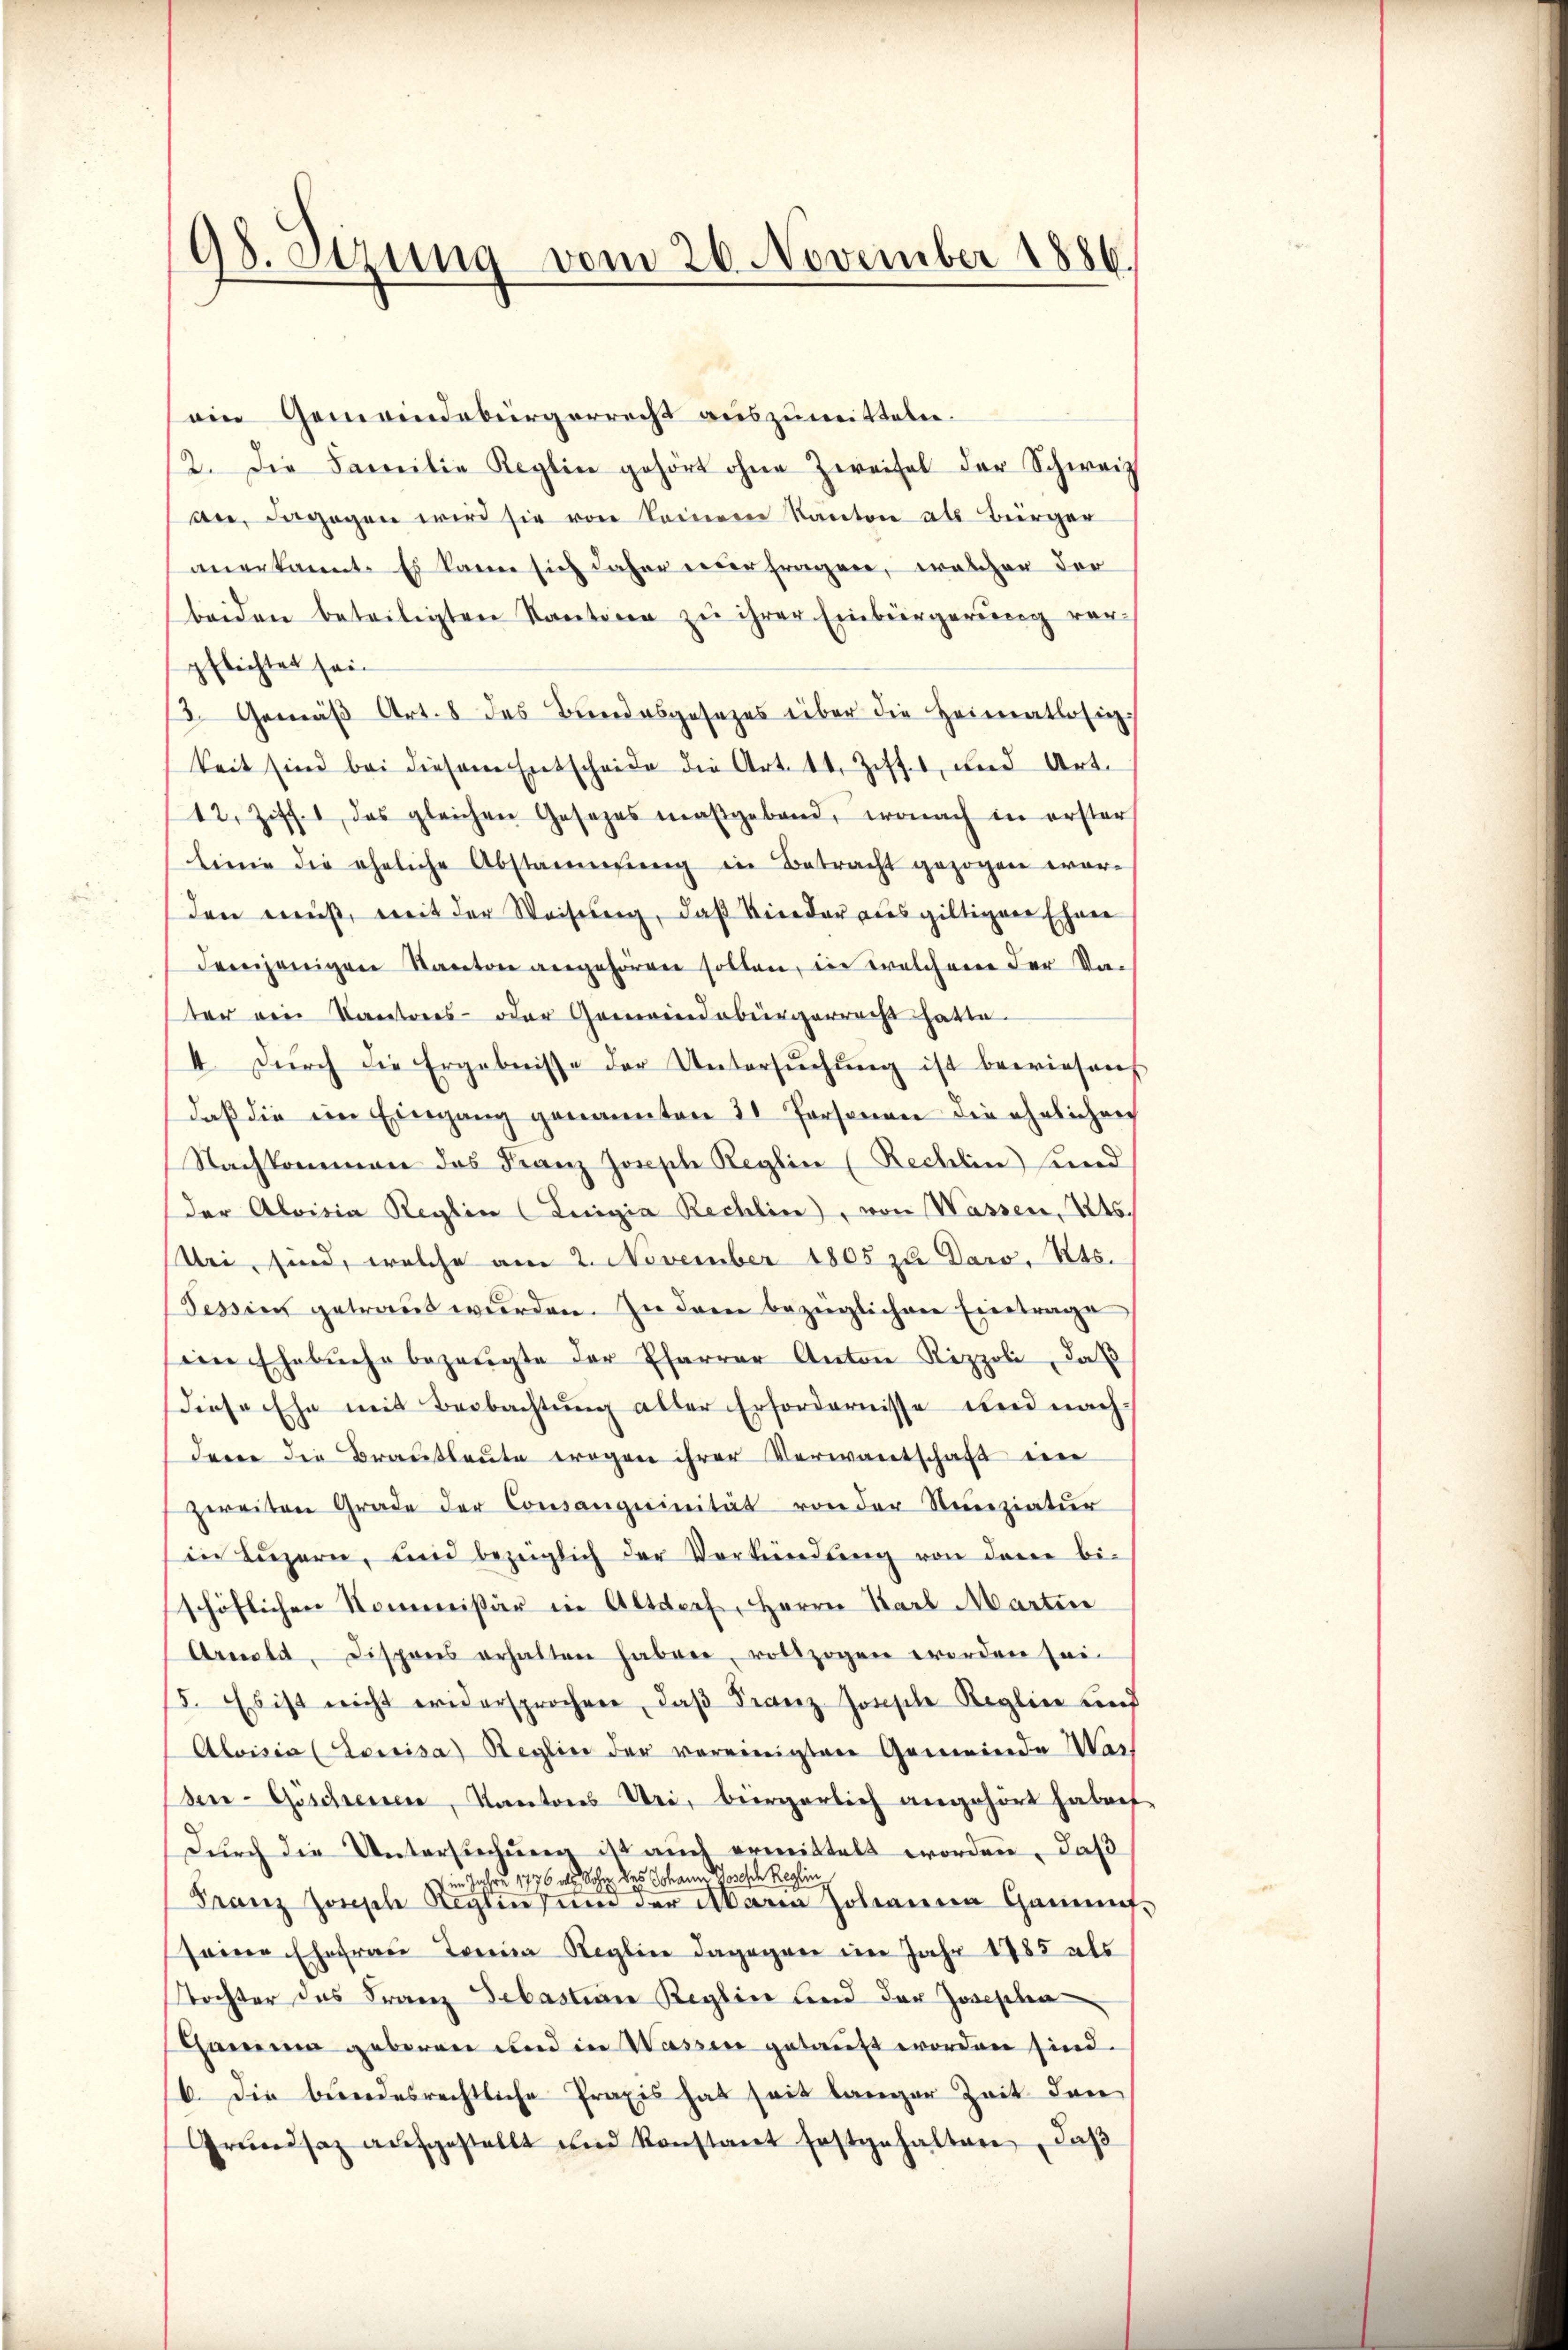
98. Sizung vom 26. November 1886.

ein Gemeindebürgerrecht auszumitteten.
2. Die Familie Reglin gehört ohne Zweifel der Schweiz
an, dagegen wird sie von keinem Kanton als Bürger
anerkannt. Es kann sich daher weder fragen, welcher dor
beiden beteiligten Kantiren zu ihrer Einbürgerung vorpflichtet sein
3. Gemäβ Art. 8 des Bundesgesetzes über die Heimatlosig
keit sind bei diesem Entscheide die Art. 14. Ziff. 1, und Art.
12. Ziff. 1 das gleichen Gesezes maßgebend, wonach in erster
linie die eheliche Abstammung in Betracht gezogen wor-
den muß, mit der Weisung, daß Nieder aus giltiger Ehrer
demjenigen Kanton angehören sollen, in welchene der Vater von Kantons- oder Gemeindebürgerrecht hatte.
4 Dŭrch die Ergebnisse der Untersŭchŭng ist bewiesen
daβ die ein Eingang genannten 21 Personen die ähnlichen
Nachkommen das Franz Josephe Reglin (Rechlin sind
der Aloisia Reglin (Luigia Rechlin), von Wassen, 2246.
Uri, sind, welche am 2. November 1805 zu Daro, Kts.
Pessinn getraut wurden. In drei bezüglichen Eintrage
im Ehebŭche bezeugte der Pfarrer Anton Rippoli, daß
diese Ehe mit Beobachtung aller Erfordernisse und nach
deren die Brautleute wegen ihrer Verwartschaft eine
zweiten Grade der Consanguinität von der Neunziatur
in Lŭzern, und bezüglich der Verkündŭng von dem bi-
schöflichen Kommissär in Altdorf, Herrn Karl Martin
Armle, Dispons erhalten haben, vollzogen worden sei.
5. Es ist nicht widersprochen, daβ Franz Jonsche Reglin und
Aloisia (Lowisa) Reglin der vereinigten Gemeinde Was
den- Göschenen, Kantons Uri, bürgerlich angehört haben
Dŭrch die Unterstechung ist auch ermittelt worden, daß
n Jahre 1776 als Sohn des Johann Gosolche Reglin
Franz Jonische Regentum der Maria Johanna Gament-
seine Ehefrau Tria Regline dagegen im Jahr 1785 als
Tochter des Franz Sebastian Reglin und der Zwischen
Channa geboren und in Wassen getauft worden sind.
6. Die bundesrechtliche Praxis hat seit langer Zeit den
Grŭndsaz aŭfgestellt und Konstant festgehalten, daβ